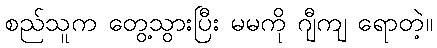
စည်သူက တွေ့သွားပြီး မမကို ဂျီကျ ရောတဲ့။